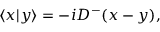
\langle x \vert y \rangle = - i D ^ { - } ( x - y ) ,